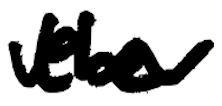
Text: the
Cross-out: wave
Writing tool: digital_black